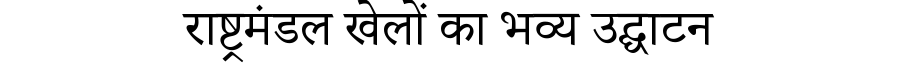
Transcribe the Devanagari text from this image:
राष्ट्रमंडल खेलों का भव्य उद्घाटन